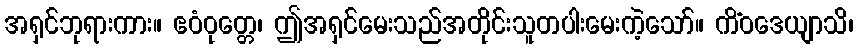
အရှင်ဘုရားကား။ ဧဝံဝုတ္တေ၊ ဤအရှင်မေးသည်အတိုင်းသူတပါးမေးကဲ့သော်။ ကိံဝဒေယျာသိ၊